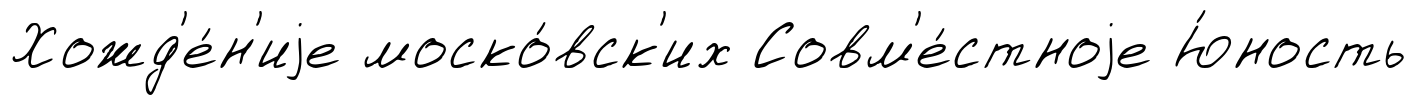
Хожд'е́н'иjе моско́вск'их Совм'е́стноjе Ю́ность